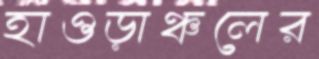
হাওড়াঞ্চলের